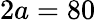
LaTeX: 2a=80